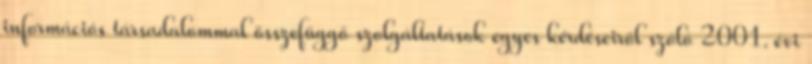
információs társadalommal összefüggő szolgáltatások egyes kérdéseiről szóló 2001. évi